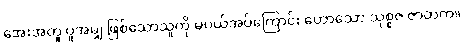
အေးအတူ ပူအမျှ ဖြစ်သောသူကို မပယ်အပ်ကြောင်း ဟောသော သုစ္စဇ ဇာတက။